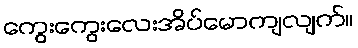
ကွေးကွေးလေးအိပ်မောကျလျက်။